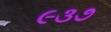
૯૩૭